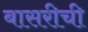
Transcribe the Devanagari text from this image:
बासरीची